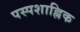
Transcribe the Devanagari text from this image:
पस्पशाह्निक